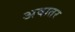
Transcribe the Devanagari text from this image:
अवातर